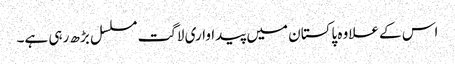
اس کے علاوہ پاکستان میں پیداواری لاگت مسلسل بڑھ رہی ہے۔